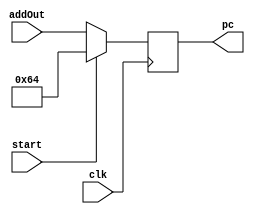
`timescale 1ns / 1ps
//////////////////////////////////////////////////////////////////////////////////
// Design Name: Tobi Ajayi
// Module Name: PC
// Project Name: Final Project
// Description: Begins implementation of a properly pipelined CPU

// Additional Comments:
// 
//////////////////////////////////////////////////////////////////////////////////

module PCreg(input [7:0] addOut, input clk, input start, output reg [7:0] pc);
    initial
        begin
            pc <= 8'b01100100;
        end
    always @ (posedge clk)
        begin
            if (start == 1) 
                begin
                    pc <= 8'b01100100;
            end
            else 
                begin
                    pc <= addOut;
            end
        end
endmodule

module IFAdder(input [7:0] pc, output reg [7:0] addOut);
    initial
        begin
            addOut <= 8'b01100100;
        end
    always @ (*)
        begin
            addOut <= pc + 8'b00000100;
        end
endmodule

module PCMemory(input [7:0] pc, output reg [31:00] pcOut);
    reg [31:00] IM [0:511];
    initial 
        begin
            IM[100] = 32'b10001100001000100000000000000000;
            IM[104] = 32'b10001100001000110000000000000100;
            IM[108] = 32'b10001100001001000000000000001000;
            IM[112] = 32'b10001100001001010000000000001100;
        end
    always @ (*)
        begin
            pcOut <= IM[pc];
        end
endmodule

module IFIDreg(input [31:00] pcOut, input clk, output reg [31:00] IFIDregOut);
    always @ (posedge clk)
        begin
            IFIDregOut <= pcOut;
    end
endmodule

module IDControl(input [31:00] IFIDregOut, input mrn, input mm2reg, input mwreg, input em2reg, input ewreg, input ewr, output reg regrt, output reg wreg, output reg m2reg, output reg wmem, output reg aluimm, output reg [3:0] aluc, output reg [1:0] fwdb, output reg [1:0] fwda);
    reg [5:0] op;
    reg [5:0] func;
    reg [4:0] rs;
    reg [4:0] rt;
    reg [4:0] rd;
    always @ (*)
        begin
            op <= IFIDregOut[31:26];
            func <= IFIDregOut[5:0];
            rd <= IFIDregOut[15:11];
            rs <= IFIDregOut[25:21];
            rt <= IFIDregOut[20:16];
            if ((ewr) && (rd != 0) && (rd == rs))
                begin
                    fwda <= 10;
                    fwdb <= 10;
            end
            else if ((ewr) && (rd != 0) && (rd == rt))
                begin
                    fwda <= 01;
                    fwdb <= 01;
            end
            else
                begin
                    fwda <= 00;
                    fwdb <= 00;
            end                
            if(op == 6'b000000) 
                begin
                    case(func)
                        6'b100000: begin
                            regrt = 0; wreg = 1; m2reg = 0; wmem = 0; aluimm = 0; aluc = 4'b0010;
                        end
                        6'b100010: begin
                            regrt = 0; wreg = 1; m2reg = 0; wmem = 0; aluimm = 0; aluc = 4'b0110;
                        end
                        6'b100100: begin
                            regrt = 0; wreg = 1; m2reg = 0; wmem = 0; aluimm = 0; aluc = 4'b0000;
                        end
                        6'b100101: begin
                            regrt = 0; wreg = 1; m2reg = 0; wmem = 0; aluimm = 0; aluc = 4'b0011;
                        end
                        6'b000000: begin
                        end
                        6'b000010: begin
                        end
                        6'b000011: begin
                        end
                        6'b001000: begin
                        end
                    endcase
               end
            else if (op == 6'b100011) 
                begin
                    regrt = 1; wreg = 1; m2reg = 1; wmem = 0; aluimm = 1; aluc = 4'b0010;
                end
        end
endmodule

module IDmux(input [31:00] IFIDregOut, input regrt, output reg [4:0] wr);
    reg [4:0] rd;
    reg [4:0] rt;
    always @ (*)
        begin
            rd <= IFIDregOut[15:11];
            rt <= IFIDregOut[20:16];
            if (regrt == 1)
                begin
                    wr <= rt;
            end
            else
                begin
                    wr <= rd;
            end
    end
endmodule

module IDmux2(input [31:00] IFIDregOut, input [4:0] qa, input [31:00] rALU, input [31:00] mrALU, input [31:00] mdo, input fwda, output reg [31:00] fqa);
    reg [31:00] qqa;
    reg [4:0] rd;
    always @ (*)
        begin
            rd <= IFIDregOut[15:11];
            if(qa)
                begin
                qqa = {27'b000000000000000000000000000,qa[4:0]};
            end
            else
                begin
                qqa = {27'b000000000000000000000000000,rd};
            end
            if (fwda == 0)
                begin
                    fqa <= qqa;
            end
            else if (fwda == 1)
                begin
                    fqa <= rALU;
            end
            else if (fwda == 2)
                begin
                    fqa <= mrALU;
            end
             else if(fwda == 3)
                begin
                    fqa <= mdo;
            end
    end  
endmodule

module IDmux3(input [31:00] IFIDregOut, input [4:0] qb, input [31:00] rALU, input [31:00] mrALU, input [31:00] mdo, input fwdb, output reg [31:00] fqb);
    reg [31:00] qqb;
    reg [4:0] rt;
    always @ (*)
        begin
            rt <= IFIDregOut[20:16];
            if(qb)
                begin
                    qqb = {27'b000000000000000000000000000,qb[4:0]};
            end
            else
                begin
                    qqb = {27'b000000000000000000000000000,rt};
            end
            if (fwdb == 0)
                begin
                    fqb <= qqb;
            end
            else if (fwdb == 1)
                begin
                    fqb <= rALU;
            end
            else if (fwdb == 2)
                begin
                    fqb <= mrALU;
            end
             else if(fwdb == 3)
                begin
                    fqb <= mdo;
            end
    end  
endmodule

module IDsignExt(input [31:00] IFIDregOut, output reg [31:00] extend);
    always @ (*)
        begin
            extend[31:00] = {15'b000000000000000,IFIDregOut[15:00]};
    end  
endmodule

module IDEXEreg(input clk, input wreg, input m2reg, input wmem, input [3:0] aluc, input aluimm, input [4:0] wr, input [31:00] fqa, input [4:0] fqb, input [31:00] extend, output reg ewreg, output reg em2reg, output reg ewmem, output reg [3:0] ealuc, output reg ealuimm, output reg [4:0] ewr, output reg [4:0] eqa, output reg [4:0] eqb, output reg [31:00] eextend);
    always @ (posedge clk)
            begin
                ewreg <= wreg;
                em2reg <= m2reg;
                ewmem <= wmem;
                ealuc <= aluc;
                ealuimm <= aluimm;
                ewr <= wr;
                eqa <= fqa;
                eqb <= fqb;
                eextend <= extend;
        end
endmodule

module EXEmux(input [31:00] eqb, input [31:00] eextend, input ealuimm, output reg [31:00] bALU);
    always @ (*)
        begin
            if (ealuimm == 1)
                begin
                    bALU <= eextend;
            end
            else
                begin
                    bALU <= eqb;
            end
        end
endmodule

module EXEaluc(input [31:00] eqa, input [31:00] bALU, input [3:0] ealuc, output reg [31:00] rALU);
    reg [31:00] aALU;
    always @ (*)
        begin
            aALU <= eqa;
            //0000 = And
            if (ealuc == 4'b0000)
                begin
                    rALU <= aALU & bALU;
            end
            //0001 = Or
            else if (ealuc == 4'b0001)
                begin
                    rALU <= aALU | bALU;
            end
            //0010 = Add
            else if (ealuc == 4'b0010)
                begin
                    rALU <= aALU + bALU;
            end
            //0110 = Subtract
            else if (ealuc == 4'b0010)
                begin
                    rALU <= aALU - bALU;
            end
            //0111 = Set-on-less-than
            else if (ealuc == 4'b0010)
                begin
                    rALU <= aALU < bALU;
            end
            //1100 = NOR
            else if (ealuc == 4'b0010)
                begin
                    rALU <= ~(aALU | bALU);
            end
        end
endmodule

module EXEMEMreg(input clk, input ewreg, input em2reg, input ewmem, input [4:0] ewr, input [31:00] eqb, input [31:00] rALU, output reg mwreg, output reg mm2reg, output reg mwmem, output reg [4:0] mwr, output reg [31:00] mqb, output reg [31:00] mrALU);
    always @ (posedge clk)
            begin
                mwreg <= ewreg;
                mm2reg <= em2reg;
                mwmem <= ewmem;
                mwr <= ewr;
                mqb <= eqb;
                mrALU <= (rALU - 1'b1);
        end
endmodule

module MEMdata(input mwmem, input [31:00] mrALU, input [31:00] mqb, output reg [31:00] mdo);
    reg [31:00] di;
    reg [31:00] dm [128:000];
    initial
        begin
            dm[0] = 'h00000000;
            dm[4] = 'hA00000AA;
            dm[8] = 'h10000011;
            dm[12] = 'h20000022;
            dm[16] = 'h30000033;
            dm[20] = 'h40000044;
            dm[24] = 'h50000055;
            dm[28] = 'h60000066;
            dm[32] = 'h70000077;
            dm[36] = 'h80000088;
            dm[40] = 'h90000099;
    end
    always @ (*)
        begin
            di <= mqb;
            if (mwmem == 0)
                begin
                    mdo <= dm[mrALU];
            end
            mdo <= dm[mrALU];
            if (mwmem == 1)
                begin
                    dm[di] = dm[mrALU];
            end
    end
endmodule

module MEMWBreg(input clk, input mwreg, input mm2reg, input [4:0] mwr, input [31:00] mrALU, input [31:00] mdo, output reg wwreg, output reg wm2reg, output reg [4:0] wwr, output reg [31:00] wrALU, output reg [31:00] wdo);
    always @ (posedge clk)
            begin
                wwreg <= mwreg;
                wm2reg <= mm2reg;
                wwr <= mwr;
                wrALU <= mrALU;
                wdo <= mdo;
        end
endmodule

module WBmux(input [31:00] wrALU, input [31:00] wdo, input wm2reg, output reg [31:00] d);
    always @ (*)
        begin
            if (wm2reg == 0)
                begin
                    d <= wrALU;
            end
            else
                begin 
                    d <= wdo;
            end
    end
endmodule

module IDregFile(input clk, input wwreg, input [31:00] wrALU, input [31:00] d, input [31:00] IFIDregOut, output reg [4:0] qa, output reg [4:0] qb);
    reg [4:0] rs;
    reg [4:0] rt;
    reg [31:00] rf [31:00];
    initial
        begin
            rf[0] = 'h00000000;
            rf[1] = 'hA00000AA;
            rf[2] = 'h10000011;
            rf[3] = 'h20000022;    
            rf[4] = 'h30000033;
            rf[5] = 'h40000044;
            rf[6] = 'h50000055;
            rf[7] = 'h60000066;
            rf[8] = 'h70000077;
            rf[9] = 'h80000088;
            rf[10] = 'h90000099;
    end
    always @ (clk == 0)
        begin
            rs <= IFIDregOut[25:21];
            rt <= IFIDregOut[20:16];
            if (wwreg == 1) 
                begin
                    rf[wwreg] = d;
            end
            qa <= rs;
            qb <= rt;
    end
endmodule